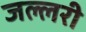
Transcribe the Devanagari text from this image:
जल्लरी